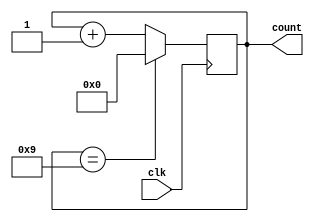
module Decade_Counter (
    input wire clk,
    output reg [3:0] count
);

always @(posedge clk) begin
    if (count == 4'b1001) begin
        count <= 4'b0000;
    end
    else begin
        count <= count + 1;
    end
end

endmodule